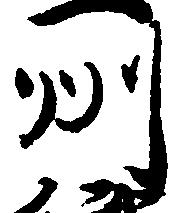
州